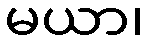
မယာ၊